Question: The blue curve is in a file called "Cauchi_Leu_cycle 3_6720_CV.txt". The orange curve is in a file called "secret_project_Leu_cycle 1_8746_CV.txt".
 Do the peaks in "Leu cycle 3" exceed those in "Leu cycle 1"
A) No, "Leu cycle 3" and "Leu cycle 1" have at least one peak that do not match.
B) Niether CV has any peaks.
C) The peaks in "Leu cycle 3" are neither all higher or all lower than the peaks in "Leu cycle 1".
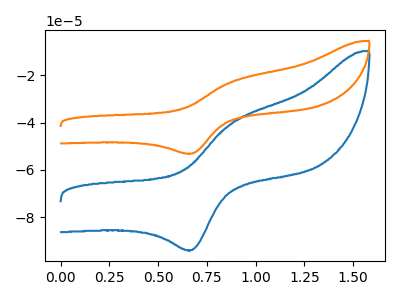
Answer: <think>The blue curve "Leu cycle 3" has an anodic peak at (0.90V, -40.25uA) and a cathodic peak at (0.65V, -93.85uA). The orange curve "Leu cycle 1" has an anodic peak at (0.90V, -22.75uA) and a cathodic peak at (0.65V, -53.10uA).</think>
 <answer>C) The peaks in "Leu cycle 3" are neither all higher or all lower than the peaks in "Leu cycle 1".</answer>
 <eval>C</eval>